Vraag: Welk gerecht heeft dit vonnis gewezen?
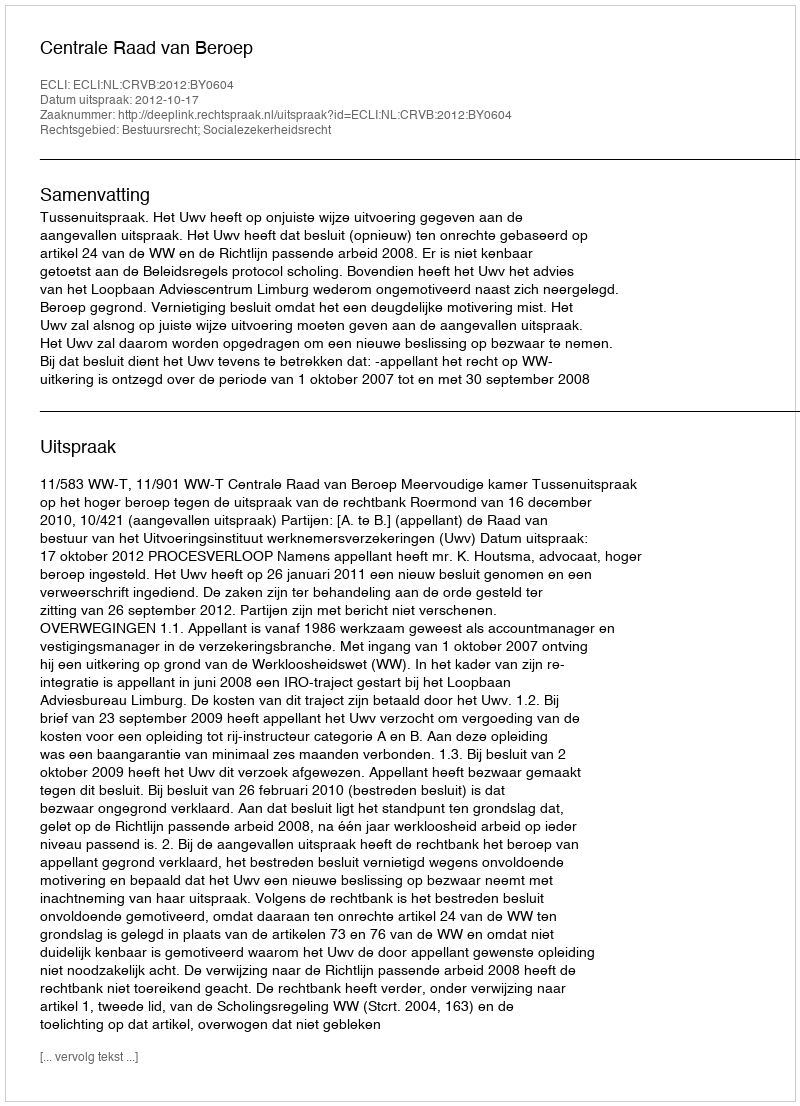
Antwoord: Centrale Raad van Beroep